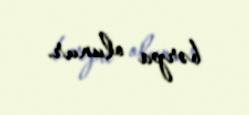
bərpa olunur.